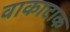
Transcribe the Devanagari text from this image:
वाकाटाक